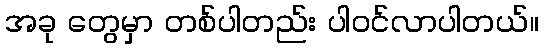
အခု တွေမှာ တစ်ပါတည်း ပါဝင်လာပါတယ်။